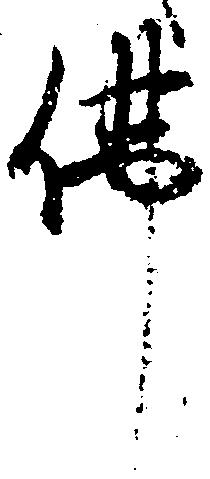
仏